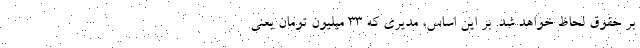
بر حقوق لحاظ خواهد شد. بر این اساس، مدیری که 33 میلیون تومان یعنی